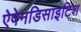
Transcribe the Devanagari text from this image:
ऐपेनडिसाइटिश